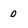
Character: 0